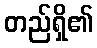
တည်ရှိ၏